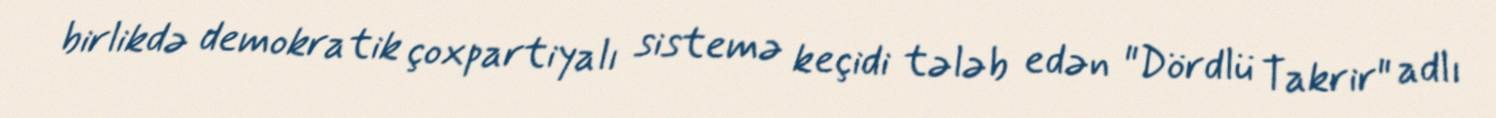
birlikdə demokratik çoxpartiyalı sistemə keçidi tələb edən "Dördlü Takrir" adlı